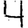
Digit: 4